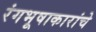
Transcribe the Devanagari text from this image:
रंगभूषाकारांचे